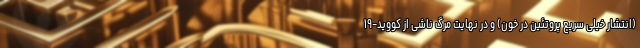
(انتشار خیلی سریع پروتئین در خون) و در نهایت مرگ ناشی از کووید-۱۹